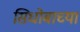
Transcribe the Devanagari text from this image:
सिधोबाच्या